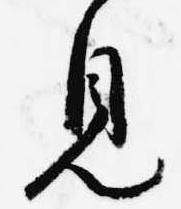
見